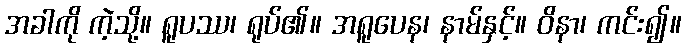
အခါကို ကဲ့သို့။ ရူပဿ၊ ရုပ်၏။ အရူပေန၊ နာမ်နှင့်။ ဝိနာ၊ ကင်း၍။